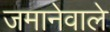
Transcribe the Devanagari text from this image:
जमानेवाले